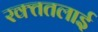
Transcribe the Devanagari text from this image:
रक्‍ततलाई